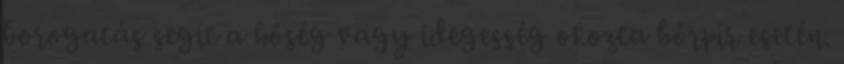
borogatás segít a hőség vagy idegesség okozta bőrpír esetén.